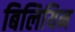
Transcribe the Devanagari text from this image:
बिलियिन